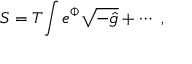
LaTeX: S = T _ { \O } \int e ^ { \Phi } \sqrt { - \hat { g } } + \cdots \ ,